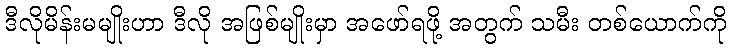
ဒီလိုမိန်းမမျိုးဟာ ဒီလို အဖြစ်မျိုးမှာ အဖော်ရဖို့ အတွက် သမီး တစ်ယောက်ကို